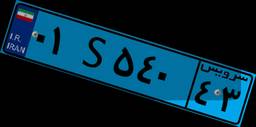
۰۱S۵۴۰۴۳